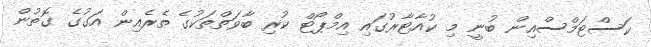
ކަސްޓަމްސްއިން ބުނީ މި ކުއާޓާރުގައި އިމްޕޯޓް ކުރި ބާވަތްތަކުގެ ތެރެއިން އަގުގެ ގޮތުން